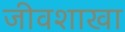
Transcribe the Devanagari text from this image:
जीवशाखा